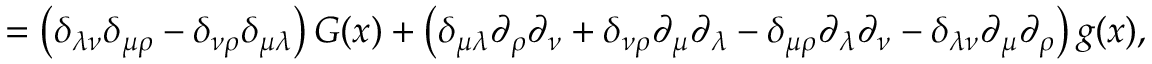
= \left( \delta _ { \lambda \nu } \delta _ { \mu \rho } - \delta _ { \nu \rho } \delta _ { \mu \lambda } \right) { \cal G } ( x ) + \left( \delta _ { \mu \lambda } \partial _ { \rho } \partial _ { \nu } + \delta _ { \nu \rho } \partial _ { \mu } \partial _ { \lambda } - \delta _ { \mu \rho } \partial _ { \lambda } \partial _ { \nu } - \delta _ { \lambda \nu } \partial _ { \mu } \partial _ { \rho } \right) g ( x ) ,